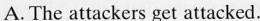
A.The attackers get attacked.